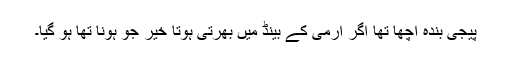
پیجی بندہ اچھا تھا اگر آرمی کے بینڈ میں بھرتی ہوتا خیر جو ہونا تھا ہو گیا۔